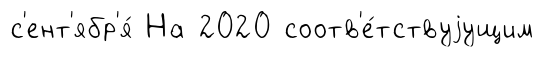
с'ент'ябр'я́ На 2020 соотв'е́тствуjущим